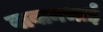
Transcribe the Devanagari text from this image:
बाबानभाई